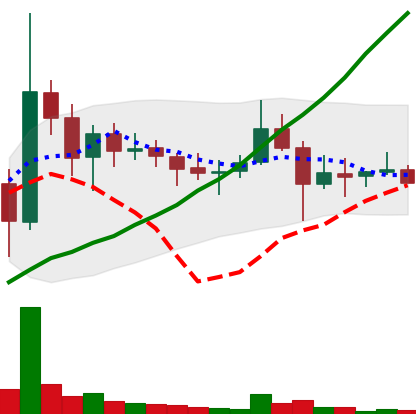
Ticker: DOGE-USD
Chart end date: 2021-11-15
Forward return: -9.163%
Label: down_7plus